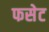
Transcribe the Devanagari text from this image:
फसेट